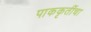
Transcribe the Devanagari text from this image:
पाककृतींचा